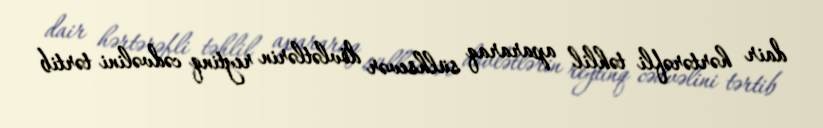
dair hərtərəfli təhlil apararaq sülhsevər dövlətlərin reytinq cədvəlini tərtib